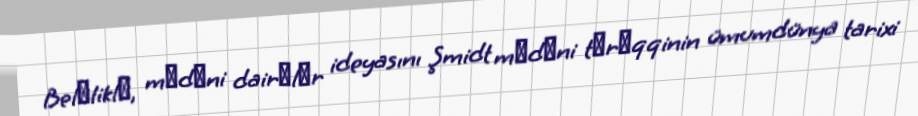
Belәliklә, mәdәni dairәlәr ideyasını Şmidt mәdәni tәrәqqinin ümumdünya tarixi